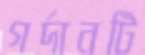
গর্দানটি